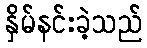
နှိမ်နင်းခဲ့သည်